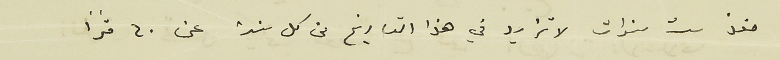
منذ ست سنوات لا تزيد في هذا التاريخ من كل سنة عن ٤٠ مترًا